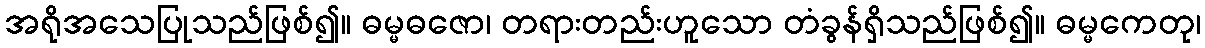
အရိုအသေပြုသည်ဖြစ်၍။ ဓမ္မဓဇော၊ တရားတည်းဟူသော တံခွန်ရှိသည်ဖြစ်၍။ ဓမ္မကေတု၊